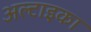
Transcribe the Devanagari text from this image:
अल्टाइका